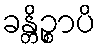
ခန္တိဉ္စာပိ